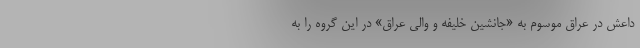
داعش در عراق موسوم به «جانشین خلیفه و والی عراق» در این گروه را به